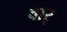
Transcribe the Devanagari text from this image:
वार्